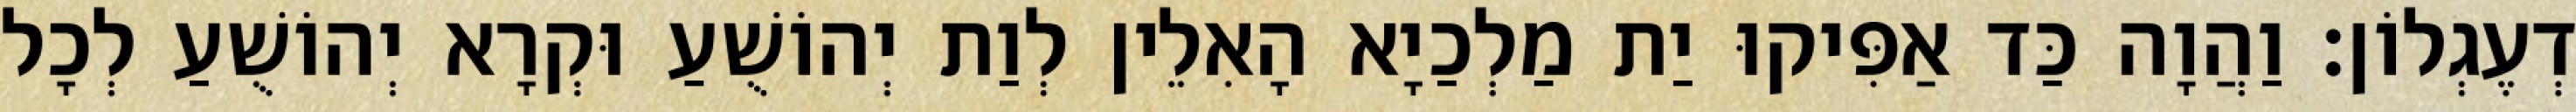
דְעֶגְלוֹן׃ וַהֲוָה כַּד אַפִּיקוּ יַת מַלְכַיָא הָאִלֵין לְוַת יְהוֹשֻׁעַ וּקְרָא יְהוֹשֻׁעַ לְכָל